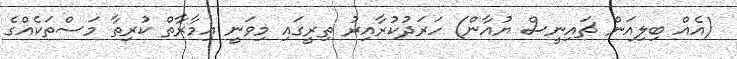
(އެއް ބިލިއަން ޗައިނީސް ޔުއާން) ހަރަދުކުރާއިރު ތިރީގައި މިވަނީ އިމާރާތް ކުރިތާ މަސްތަކެއްގެ